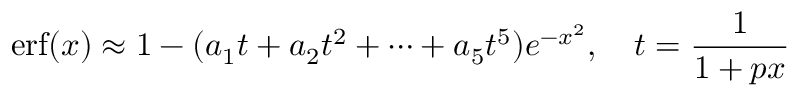
\operatorname { e r f } ( x ) \approx 1 - ( a _ { 1 } t + a _ { 2 } t ^ { 2 } + \cdots + a _ { 5 } t ^ { 5 } ) e ^ { - x ^ { 2 } } , \quad t = { \frac { 1 } { 1 + p x } }